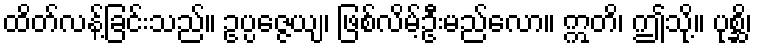
ထိတ်လန့်ခြင်းသည်။ ဥပ္ပဇ္ဇေယျ၊ ဖြစ်လိမ့်ဦးမည်လော။ ဣတိ၊ ဤသို့။ ပုစ္ဆိ၊